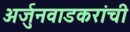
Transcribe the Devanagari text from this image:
अर्जुनवाडकरांची